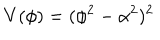
LaTeX: V ( \phi ) = ( \phi ^ { 2 } - \alpha ^ { 2 } ) ^ { 2 }